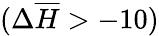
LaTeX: (\Delta\overline{{H}}>-10)